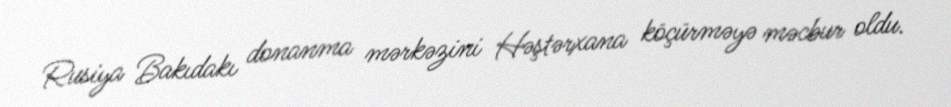
Rusiya Bakıdakı donanma mərkəzini Həştərxana köçürməyə məcbur oldu.